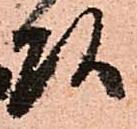
頭